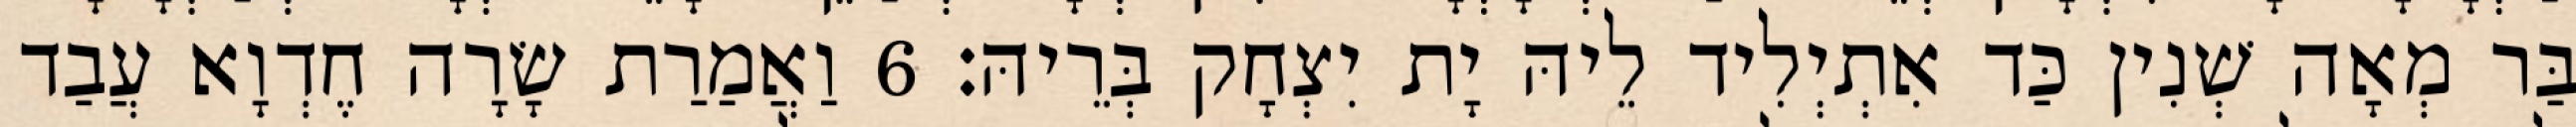
בַּר מְאָה שְׁנִין כַּד אִתְיְלִיד לֵיהּ יָת יִצְחָק בְּרֵיהּ׃ 6 וַאֲמַרַת שָׂרָה חֶדְוָא עֲבַד